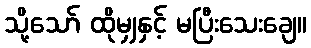
သို့သော် ထိုမျှနှင့် မပြီးသေးချေ။